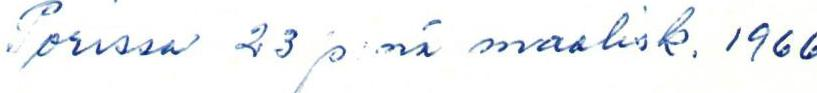
Porissa 23 p:nä maalisk. 1966